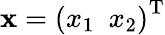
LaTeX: {\mathbf x}={(x_{1}\, \, \, x_{2})}^{\textup T}